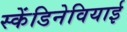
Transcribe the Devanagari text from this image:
स्केंडिनेवियाई